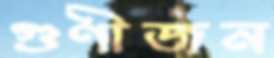
গুণীজন